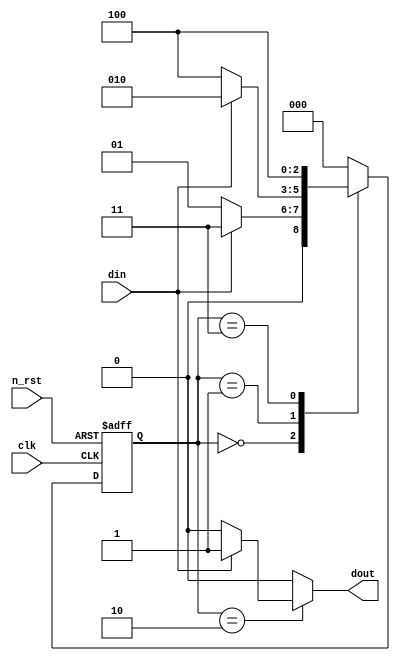
module det_011_reset_mealy(
    clk,
    n_rst,
    din,
    dout
);

input clk;
input n_rst;
input din;
output dout;
reg dout;

parameter S_0 = 3'h0;
parameter S_1 = 3'h1;
parameter S_2 = 3'h2;
parameter S_3 = 3'h3;
parameter S_4 = 3'h4;

reg [2:0] c_state, n_state;
always @(posedge clk or negedge n_rst)
    if(!n_rst)
        c_state <= S_0;
    else
        c_state <= n_state;

always @(c_state or din)
    case(c_state)
        S_0 : begin
            n_state = (din == 1'b0) ? S_1 : S_3;
            dout = 1'b0;
        end

        S_1 : begin
            n_state = (din == 1'b1) ? S_2 : S_4;
            dout = 1'b0;
        end

        S_2 : begin
            n_state = S_0;
            dout = (din == 1'b1) ? 1'b1 : 1'b0;
        end

        S_3 : begin
            n_state = S_4;
            dout = 1'b0;
        end

        S_4 : begin
            n_state = S_0;
            dout = 1'b0;
        end

        default : begin
            n_state = S_0;
            dout = 1'b0;
        end
    endcase
endmodule